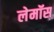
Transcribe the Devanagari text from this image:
लेमॉस